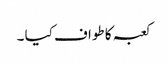
کعبہ کا طواف کیا ۔